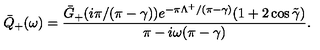
\bar { Q } _ { + } ( \omega ) = \frac { \bar { G } _ { + } ( i \pi / ( \pi - \gamma ) ) e ^ { - \pi \Lambda ^ { + } / ( \pi - \gamma ) } ( 1 + 2 \cos \tilde { \gamma } ) } { \pi - i \omega ( \pi - \gamma ) } .